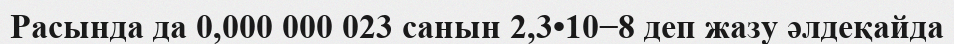
Расында да 0,000 000 023 санын 2,3•10−8 деп жазу әлдеқайда